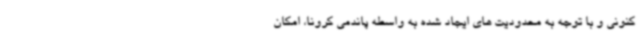
کنونی و با توجه به محدودیت های ایجاد شده به واسطه پاندمی کرونا، امکان